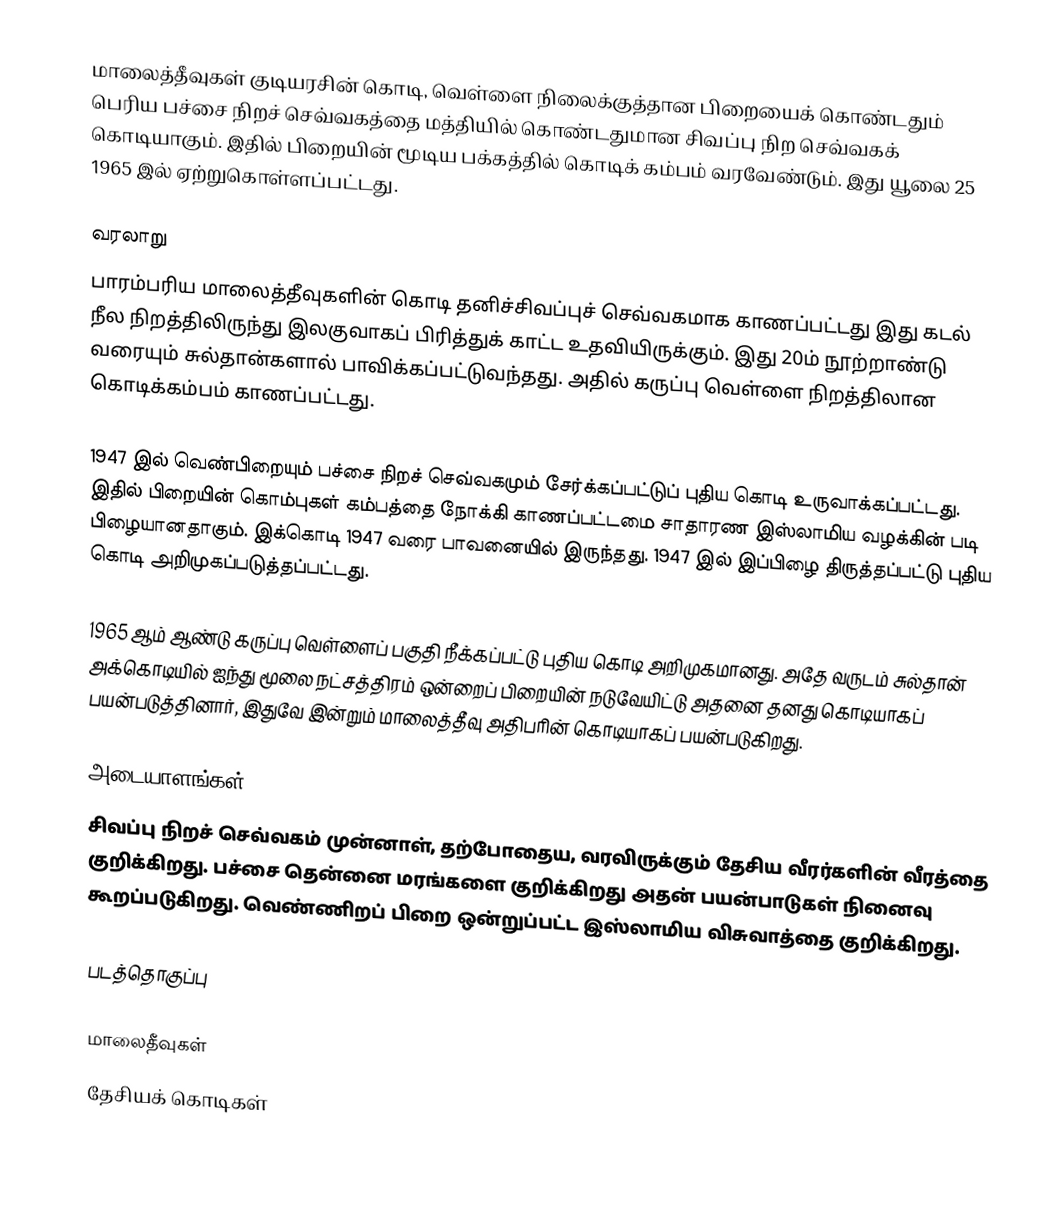
மாலைத்தீவுகள் குடியரசின் கொடி, வெள்ளை நிலைக்குத்தான பிறையைக் கொண்டதும் பெரிய பச்சை நிறச் செவ்வகத்தை மத்தியில் கொண்டதுமான சிவப்பு நிற செவ்வகக் கொடியாகும். இதில் பிறையின் மூடிய பக்கத்தில் கொடிக் கம்பம் வரவேண்டும். இது யூலை 25 1965 இல் ஏற்றுகொள்ளப்பட்டது.

வரலாறு
பாரம்பரிய மாலைத்தீவுகளின் கொடி தனிச்சிவப்புச் செவ்வகமாக காணப்பட்டது இது கடல் நீல நிறத்திலிருந்து இலகுவாகப் பிரித்துக் காட்ட உதவியிருக்கும். இது 20ம் நூற்றாண்டு வரையும் சுல்தான்களால் பாவிக்கப்பட்டுவந்தது. அதில் கருப்பு வெள்ளை நிறத்திலான கொடிக்கம்பம் காணப்பட்டது.

1947 இல் வெண்பிறையும் பச்சை நிறச் செவ்வகமும் சேர்க்கப்பட்டுப் புதிய கொடி உருவாக்கப்பட்டது. இதில் பிறையின் கொம்புகள் கம்பத்தை நோக்கி காணப்பட்டமை சாதாரண இஸ்லாமிய வழக்கின் படி பிழையானதாகும். இக்கொடி 1947 வரை பாவனையில் இருந்தது. 1947 இல் இப்பிழை திருத்தப்பட்டு புதிய கொடி அறிமுகப்படுத்தப்பட்டது.

1965 ஆம் ஆண்டு கருப்பு வெள்ளைப் பகுதி நீக்கப்பட்டு புதிய கொடி அறிமுகமானது. அதே வருடம் சுல்தான் அக்கொடியில் ஐந்து மூலை நட்சத்திரம் ஒன்றைப் பிறையின் நடுவேயிட்டு அதனை தனது கொடியாகப் பயன்படுத்தினார், இதுவே இன்றும் மாலைத்தீவு அதிபரின் கொடியாகப் பயன்படுகிறது.

அடையாளங்கள்
சிவப்பு நிறச் செவ்வகம் முன்னாள், தற்போதைய, வரவிருக்கும் தேசிய வீரர்களின் வீரத்தை குறிக்கிறது. பச்சை தென்னை மரங்களை குறிக்கிறது அதன் பயன்பாடுகள் நினைவு கூறப்படுகிறது. வெண்ணிறப் பிறை ஒன்றுப்பட்ட இஸ்லாமிய விசுவாத்தை குறிக்கிறது.

படத்தொகுப்பு

மாலைதீவுகள்
தேசியக் கொடிகள்